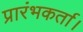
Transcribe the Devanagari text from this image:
प्रारंभकर्ता।